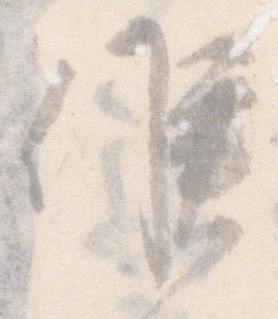
候